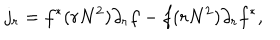
j _ { r } = f ^ { * } ( r N ^ { 2 } ) \partial _ { r } f - f ( r N ^ { 2 } ) \partial _ { r } f ^ { * } ,